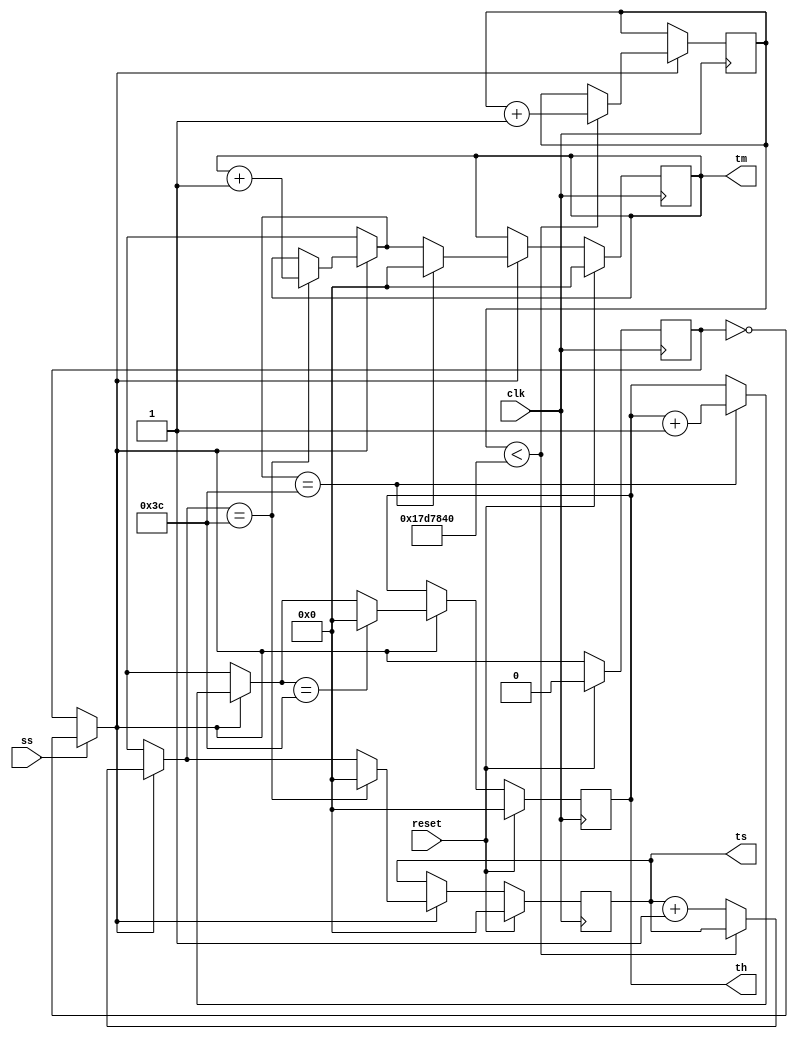
module mtimer(clk,reset,ss,th,tm,ts);
input clk,reset,ss;

parameter modulo = 60;
parameter divclock = 25000000;
output reg[7:0] th=0;
output reg[7:0] tm=0;
output reg[7:0] ts=0;
reg status=0;
reg [30:0] div=0;

always @ (posedge clk) begin
    if(ss==1)begin
        status=!status;
    end
    if(status==1)begin
    if(div<divclock)begin
        div=div+1;
    end else begin
        ts=ts+1;
    end
        
        
        if(ts==(modulo))begin
            ts=0;
            tm=tm+1;
        end
        if(tm==(modulo))begin
            tm=0;
            th=th+1;
        end
        if(th==(modulo))begin
            th=0;
        end

    end
    if(reset==1)begin
        status=0;
        ts=0;
        tm=0;
        th=0;
    end

end


endmodule